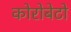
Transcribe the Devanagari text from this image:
कोरोबेटो